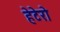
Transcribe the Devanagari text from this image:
हेटेरो